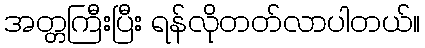
အတ္တကြီးပြီး ရန်လိုတတ်လာပါတယ်။